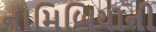
નામિબિયાની